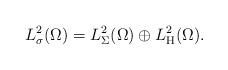
LaTeX: \begin{align*}L^2_\sigma(\Omega) = L^2_\Sigma(\Omega) \oplus L^2_{\rm H}(\Omega) .\end{align*}